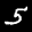
Label: 5